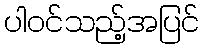
ပါဝင်သည့်အပြင်